Report on vaccination in Madras 1877-1894 - 1877-1894
Year: 1877
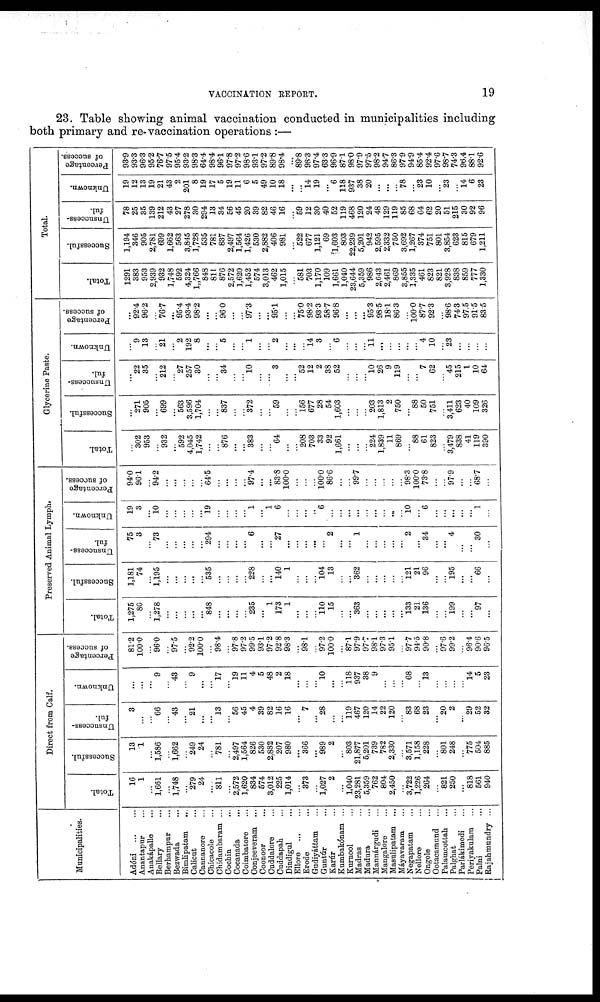
VACCINATION REPORT.
19
23. Table showing animal vaccination conducted in municipalities including
both primary and re-vaccination operations :—
Municipalities.
Adóni
...
...
Anantapur ...
Anakápalle ...
Bellary ...
Berhampur ...
Bezwada ...
Bimlipatam
...
Calicut ...
Cannanore ...
Chicacole ...
Chidambaram ...
Cochin ...
Cocanada ...
Coimbatore ...
Conjeeveram ...
Coonoor ...
Cuddalore ...
Cuddapah ...
Dindigul ...
Ellore
...
...
Erode ...
Gudiyáttam ...
Guntúr ...
Karúr ...
Kumbakónam ...
Kurnool ...
Madras ...
Madura ...
Mannárgudi ...
Mangalore ...
Masulipatam ...
Máyavaram ...
Negapatam ...
Nellore ...
Ongole ...
Ootacamund ...
Palamcottah ...
Palghat ...
Parlákimedi ...
Periyakulam ...
Palni ...
Rajahmundry ...
Direct from Calf.
Total.
16
1
...
1,661
...
1,748
...
279
24
...
811
...
2,572
1,620
834
574
3,012
225
1,014
...
373
...
1,027
2
...
1,040
23,281
5,359
762
804
2,450
...
3,722
1,226
264
...
821
250
...
818
561
940
Successful.
13
1
...
1,586
...
1,662
...
249
24
...
781
...
2,497
1,564
826
530
2,882
207
980
...
366
...
989
2
...
803
21,877
5,201
739
782
2,330
...
3,571
1,158
228
...
801
248
...
775
504
885
Unsuccess-
ful.
3
...
...
66
...
43
...
21
...
...
13
...
56
45
4
39
82
16
16
...
7
...
28
...
...
119
467
120
14
22
120
...
83
68
23
...
20
2
...
29
52
32
Unknown.
...
...
...
9
...
43
...
9
...
...
l7
...
19
11
4
5
48
2
18
...
...
...
10
...
...
118
937
38
9
...
...
...
68
...
l3
...
...
...
...
14
5
23
Percentage
of success.
81.2
100.0
...
96.0
...
97.5
...
92.2
100.0
...
98.4
...
97.8
97.2
99.5
93.1
97.2
92.8
98.3
...
98.1
...
97.2
100.0
...
87.1
97.9
97.7
98.1
973
95.1
...
97.7
94.5
90.8
...
97.6
99.2
...
96.4
90.6
96.5
Preserved Animal Lymph.
Total.
1,275
80
...
1,278
...
...
...
...
...
848
...
...
...
...
235
...
1
173
1
...
...
...
110 15
...
...
363
...
...
...
...
...
133
21
136
...
...
199
...
...
97
...
Successful.
1,181
74
...
1,195
...
...
...
...
...
535
...
...
...
...
228
...
...
140
1
...
...
...
104
13
...
...
362
...
...
...
...
...
12l
21
96
...
...
195
...
...
66
...
Unsuccess-
ful.
75
3
...
73
...
...
...
...
...
294
...
...
...
...
6
...
...
27
...
...
...
...
...
2
...
...
1
...
...
...
...
...
2
...
34
...
...
4
...
...
30
...
Unknown.
19
3
...
10
...
...
...
...
...
19
...
...
...
...
1
...
1
6
...
...
...
...
6
...
...
...
...
...
...
...
...
...
10
...
6
...
...
...
...
...
1
...
Percentage
of success.
94.0
96.1
...
94.2
...
...
...
...
...
64.5
...
...
...
...
97.4
...
...
83.8
100.0
...
...
...
100.0
86.6
...
...
99.7
...
...
...
...
...
98.3
100.0
73.8
...
...
97.9
...
...
68.7
...
Glycerine Paste.
Total.
...
302
953
...
932
...
592
4,045
1,742
...
...
876
...
...
383
...
...
64
...
...
208
703
33
92
1,661
...
...
...
224
1,839
11
869
...
88
61
823
...
3,479
838
41
119
390
Successful.
...
271
905
...
699
...
563
3,596
1,704
...
...
837
...
...
372
...
...
59
...
...
156
677
28
54
1,603
...
...
...
203
1,813
2
750
...
88
50
751
...
3,411
623
40
109
326
Unsuccess-
ful.
...
22
35
...
212
...
27
257
30
...
...
34
...
...
10
...
...
3
...
...
52
12
2
38
52
...
...
...
10
26
9
119
...
...
7
62
...
45
215
1
10
64
Unknown.
...
9
13
...
21
...
2
192
8
...
...
5
...
...
1
...
...
2
...
...
...
14
3
...
6
...
...
...
11
...
...
...
...
...
4
10
...
23
...
...
...
...
Percentage
of success.
...
92.4
96.2
...
76.7
...
95.4
93.4
98.2
...
...
96.0
...
...
97.3
...
...
95.1
...
...
75.0
98.2
93.3
58.7
96.8
...
...
...
95.3
98.5
18.1
86.3
...
100.0
87.7
92.3
...
98.6
74.3
97.5
91.5
83.5
Total.
Total.
1291
383
953
2,939
932
1,748
592
4,324
1„766
848
811
876
2,572
1,620
1,452
574
3,013
462
1,015
...
581
703
1,170
109
1,661
1,040
23,644
5,359
986
2,643
2,461
869
3,855
1,335
461
823
821
3,928
838
859
777
1,330
Successful.
1,194
346
905
2,781
699
1,662
563
3,845
1,728
535
781
837
2,497
1,564
1,426
530
2,882
406
981
...
522
677
1,121
69
1,603
803
22,239
5,201
942
2,595
2,332
750
3,692
1,267
374
751
801
3,854
623
815
679
1,211
Unsuccess-
ful.
78
25
35
139
212
43
27
278
30
294
13
34
56
45
20
39
82
46
16
...
59
12
30
40
52
119
468
120
24
48
129
119
85
68
64
62
20
51
215
30
92
96
Unknown.
19
12
13
19
21
43
2
201
8
19
17
5
19
11
6
5
49
10
18
...
...
14
19
...
6
118
937
38
20
...
...
...
78
...
23
10
...
23
...
14
6
23
Percentage
of success.
93.9
93.3
96.3
95.2
76.7
97.5
95.4
93.2
98.3
64.4
98.4
96.1
97.8
97.2
98.6
93.1
97.2
89.8
98.4
...
89.8
98.3
97.4
63.3
96.9
87.1
98.0
97.9
97.5
98.2
94.7
86.3
97.9
94.9
85.4
92.4
97.6
98.7
74.3
96.4
88.1
92.6